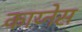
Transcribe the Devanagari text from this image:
काय्नेस